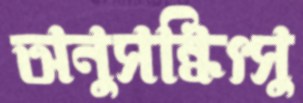
অনুসন্ধিৎসু